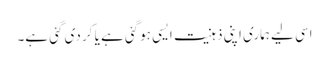
اسی لیے ہماری اپنی ذہنیت ایسی ہوگئی ہے یا کر دی گئی ہے۔